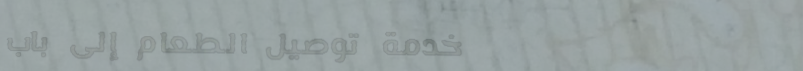
خدمة توصيل الطعام إلى باب